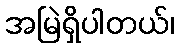
အမြဲရှိပါတယ်၊